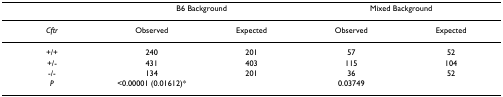
<table><thead><tr><td></td><td colspan="2"><b>B6 Background</b></td><td colspan="2"><b>Mixed Background</b></td></tr></thead><tbody><tr><td><i>Cftr</i></td><td>Observed</td><td>Expected</td><td>Observed</td><td>Expected</td></tr><tr><td>+/+</td><td>240</td><td>201</td><td>57</td><td>52</td></tr><tr><td>+/-</td><td>431</td><td>403</td><td>115</td><td>104</td></tr><tr><td>-/-</td><td>134</td><td>201</td><td>36</td><td>52</td></tr><tr><td><i>P</i></td><td>&lt;0.00001 (0.01612)*</td><td></td><td>0.03749</td><td></td></tr></tbody></table>